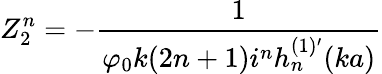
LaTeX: Z_{2}^{n}=-\frac{1}{\varphi_{0}k(2n+1)i^{n}h_{n}^{(1)^{\prime}}(ka)}